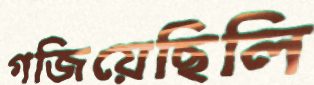
গজিয়েছিলি